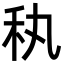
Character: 秇